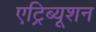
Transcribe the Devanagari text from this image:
एट्रिब्यूशन